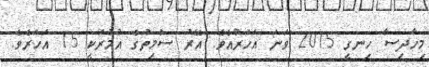
މިހާދިސާ ހިނގީ 2015 ވަނަ އަހަރުއެވެ. އޭރު ސްމިތުގެ އުމުރަކީ 15 އަހަރެވެ.